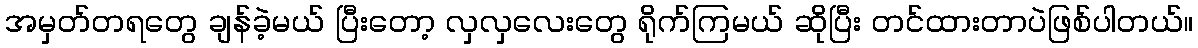
အမှတ်တရတွေ ချန်ခဲ့မယ် ပြီးတော့ လှလှလေးတွေ ရိုက်ကြမယ် ဆိုပြီး တင်ထားတာပဲဖြစ်ပါတယ်။